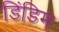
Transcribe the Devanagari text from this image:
डिंडिम